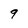
Character: 9